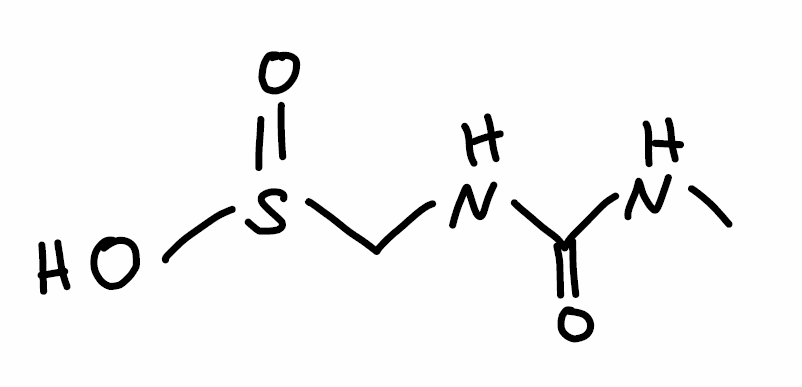
Simplified molecular-input line-entry system (SMILES) notation of the given molecule:
CNC(=O)NCS(=O)O